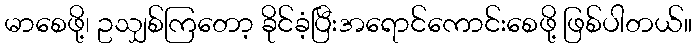
မာစေဖို့၊ ဥသျှစ်ကြတော့ ခိုင်ခံ့ပြီးအရောင်ကောင်းစေဖို့ ဖြစ်ပါတယ်။